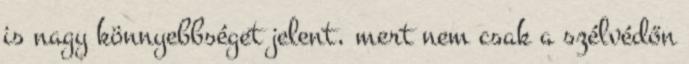
is nagy könnyebbséget jelent, mert nem csak a szélvédőn